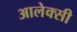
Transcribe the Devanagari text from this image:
आलेक्सी